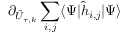
\partial _ { \hat { U } _ { \tau , k } } \sum _ { i , j } \langle \Psi | \hat { h } _ { i , j } | \Psi \rangle